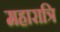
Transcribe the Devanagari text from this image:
महारात्रि